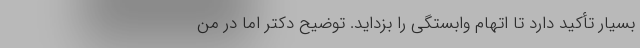
بسیار تأکید دارد تا اتهام وابستگی را بزداید. توضیح دکتر اما در من